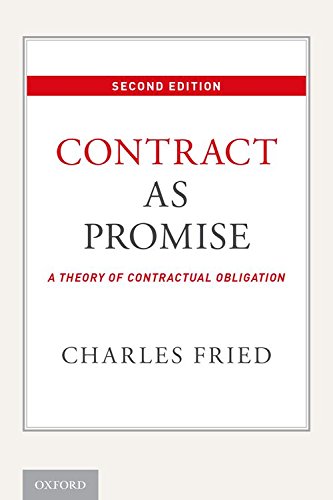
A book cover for Contract as Promise: A Theory of Contractual Obligation; Charles Fried; Law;